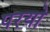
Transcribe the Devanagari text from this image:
परयो